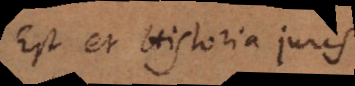
Est et Historia juris.